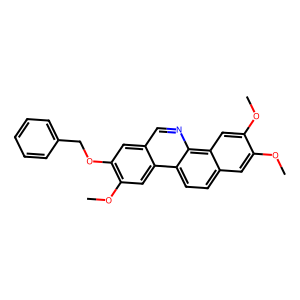
SMILES: COc1cc2ccc3c4cc(OC)c(OCc5ccccc5)cc4cnc3c2cc1OC
Inhibits HIV replication: No